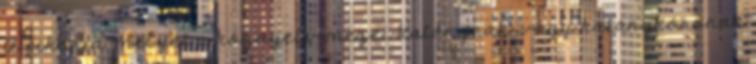
A cikória, melyet a köznyelv mezei katángnak, vagy katángkórónak